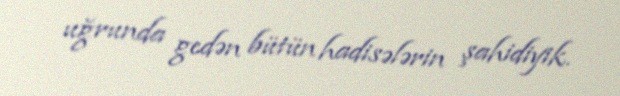
uğrunda gedən bütün hadisələrin şahidiyik.